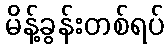
မိန့်ခွန်းတစ်ရပ်